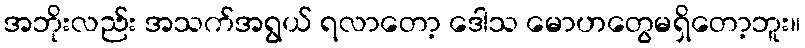
အဘိုးလည်း အသက်အရွယ် ရလာတော့ ဒေါသ မောဟတွေမရှိတော့ဘူး။